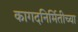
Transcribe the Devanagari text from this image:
कागदनिर्मितीच्या